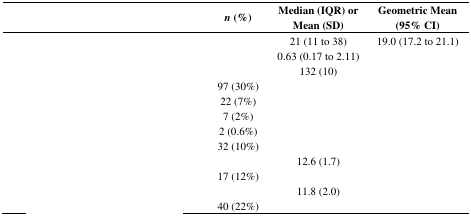
<table><thead><tr><td>[EMPTY_CELL]</td><td><b><i>n</i> (%)</b></td><td><b>Median (IQR) or Mean (SD)</b></td><td><b>Geometric Mean (95% CI)</b></td></tr></thead><tbody><tr><td>[EMPTY_CELL]</td><td>[EMPTY_CELL]</td><td>21 (11 to 38)</td><td>19.0 (17.2 to 21.1)</td></tr><tr><td>[EMPTY_CELL]</td><td>[EMPTY_CELL]</td><td>0.63 (0.17 to 2.11)</td><td>[EMPTY_CELL]</td></tr><tr><td>[EMPTY_CELL]</td><td>[EMPTY_CELL]</td><td>132 (10)</td><td>[EMPTY_CELL]</td></tr><tr><td>[EMPTY_CELL]</td><td>97 (30%)</td><td>[EMPTY_CELL]</td><td>[EMPTY_CELL]</td></tr><tr><td>[EMPTY_CELL]</td><td>22 (7%)</td><td>[EMPTY_CELL]</td><td>[EMPTY_CELL]</td></tr><tr><td>[EMPTY_CELL]</td><td>7 (2%)</td><td>[EMPTY_CELL]</td><td>[EMPTY_CELL]</td></tr><tr><td>[EMPTY_CELL]</td><td>2 (0.6%)</td><td>[EMPTY_CELL]</td><td>[EMPTY_CELL]</td></tr><tr><td>[EMPTY_CELL]</td><td>32 (10%)</td><td>[EMPTY_CELL]</td><td>[EMPTY_CELL]</td></tr><tr><td>[EMPTY_CELL]</td><td>[EMPTY_CELL]</td><td>12.6 (1.7)</td><td>[EMPTY_CELL]</td></tr><tr><td>[EMPTY_CELL]</td><td>17 (12%)</td><td>[EMPTY_CELL]</td><td>[EMPTY_CELL]</td></tr><tr><td>[EMPTY_CELL]</td><td>[EMPTY_CELL]</td><td>11.8 (2.0)</td><td>[EMPTY_CELL]</td></tr><tr><td>[EMPTY_CELL]</td><td>40 (22%)</td><td>[EMPTY_CELL]</td><td>[EMPTY_CELL]</td></tr></tbody></table>